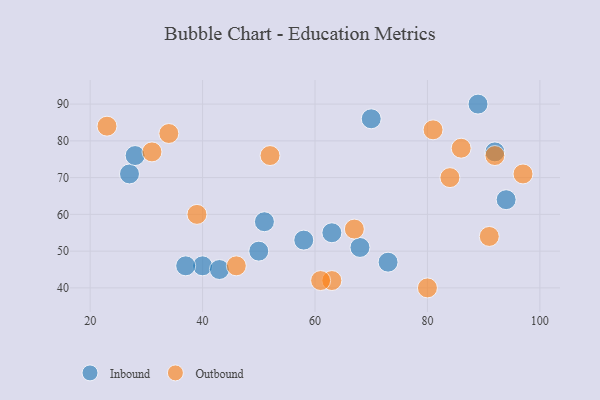
{"axis": {"x": "GDP", "y": "Life Expectancy"}, "legend": ["Inbound", "Outbound"], "data": [{"x": "70", "y": 86, "type": "Inbound"}, {"x": "40", "y": 46, "type": "Inbound"}, {"x": "50", "y": 50, "type": "Inbound"}, {"x": "94", "y": 64, "type": "Inbound"}, {"x": "68", "y": 51, "type": "Inbound"}, {"x": "58", "y": 53, "type": "Inbound"}, {"x": "51", "y": 58, "type": "Inbound"}, {"x": "89", "y": 90, "type": "Inbound"}, {"x": "73", "y": 47, "type": "Inbound"}, {"x": "63", "y": 55, "type": "Inbound"}, {"x": "27", "y": 71, "type": "Inbound"}, {"x": "92", "y": 77, "type": "Inbound"}, {"x": "28", "y": 76, "type": "Inbound"}, {"x": "37", "y": 46, "type": "Inbound"}, {"x": "43", "y": 45, "type": "Inbound"}, {"x": "39", "y": 60, "type": "Outbound"}, {"x": "63", "y": 42, "type": "Outbound"}, {"x": "91", "y": 54, "type": "Outbound"}, {"x": "67", "y": 56, "type": "Outbound"}, {"x": "46", "y": 46, "type": "Outbound"}, {"x": "31", "y": 77, "type": "Outbound"}, {"x": "92", "y": 76, "type": "Outbound"}, {"x": "52", "y": 76, "type": "Outbound"}, {"x": "23", "y": 84, "type": "Outbound"}, {"x": "80", "y": 40, "type": "Outbound"}, {"x": "34", "y": 82, "type": "Outbound"}, {"x": "84", "y": 70, "type": "Outbound"}, {"x": "97", "y": 71, "type": "Outbound"}, {"x": "81", "y": 83, "type": "Outbound"}, {"x": "86", "y": 78, "type": "Outbound"}, {"x": "61", "y": 42, "type": "Outbound"}]}